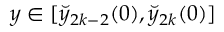
y \in [ \breve { y } _ { 2 k - 2 } ( 0 ) , \breve { y } _ { 2 k } ( 0 ) ]